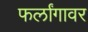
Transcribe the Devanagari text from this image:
फर्लांगावर